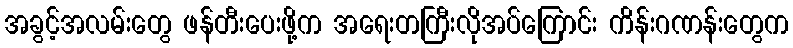
အခွင့်အလမ်းတွေ ဖန်တီးပေးဖို့က အရေးတကြီးလိုအပ်ကြောင်း ကိန်းဂဏန်းတွေက